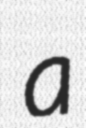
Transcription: a